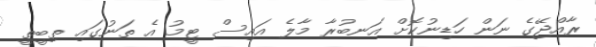
ރާއްޖޭގެ ނަން ހަޑިނުކޮށް އަނބުރާ މާލެ އައިސް ޓީމު އެ ތަނުގައި ތިބީތީ